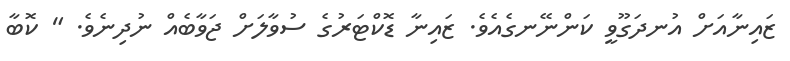
ޒައިނާއަށް އުނދަގޫވީ ކަންނޭނގެއެވެ. ޒައިނާ ޑޮކްޓަރުގެ ސުވާލަށް ޖަވާބެއް ނުދިނެވެ. " ކޮބާ